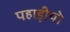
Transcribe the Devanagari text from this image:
पहाड़ीयो